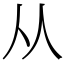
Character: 从